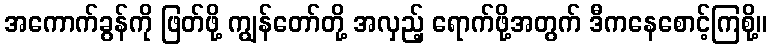
အကောက်ခွန်ကို ဖြတ်ဖို့ ကျွန်တော်တို့ အလှည့် ရောက်ဖို့အတွက် ဒီကနေစောင့်ကြစို့။